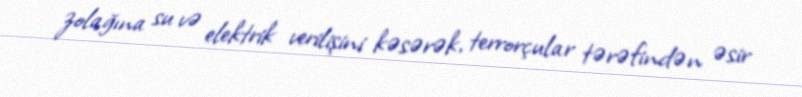
zolağına su və elektrik verilişini kəsərək, terrorçular tərəfindən əsir